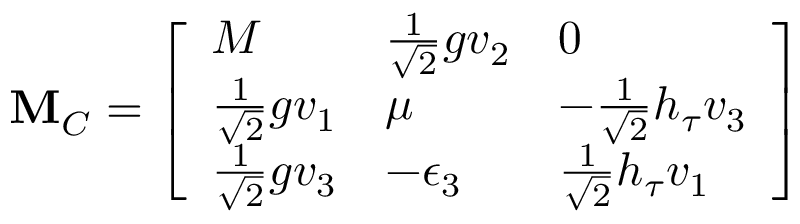
{ \mathbf M _ { C } } = \left[ \begin{array} { l l l } { { M } } & { { { \textstyle { \frac { 1 } { \sqrt { 2 } } } } g v _ { 2 } } } & { { 0 } } \\ { { { \textstyle { \frac { 1 } { \sqrt { 2 } } } } g v _ { 1 } } } & { { \mu } } & { { - { \textstyle { \frac { 1 } { \sqrt { 2 } } } } h _ { \tau } v _ { 3 } } } \\ { { { \textstyle { \frac { 1 } { \sqrt { 2 } } } } g v _ { 3 } } } & { { - \epsilon _ { 3 } } } & { { { \textstyle { \frac { 1 } { \sqrt { 2 } } } } h _ { \tau } v _ { 1 } } } \end{array} \right] \nonumber